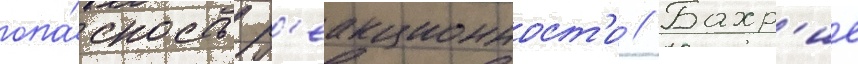
опа́сность р'еакционност'и // Бахр'ие